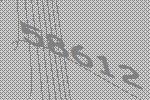
58612